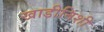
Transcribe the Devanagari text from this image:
खाडीनिशी